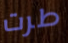
طرت